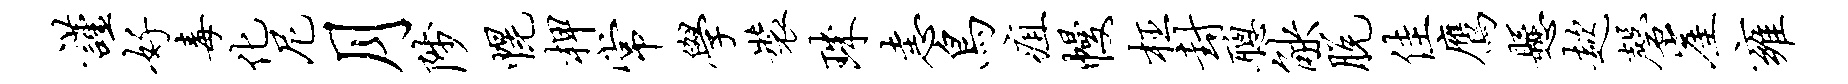
谨好毒化尼月陟幌柙常学装珠恚鸟疽幔枉封聪觖脱佳鹰悬趑磬崖雍